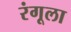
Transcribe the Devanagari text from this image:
रंगूला